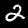
Label: 2